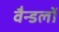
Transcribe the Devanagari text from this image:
वैन्डलों